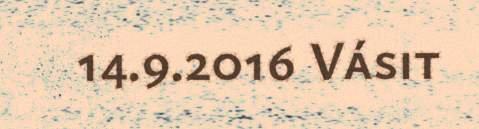
14.9.2016 Vásit